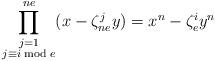
LaTeX: \begin{align*} \prod^{ne}_{\substack{j=1\\ j\equiv i \bmod e}}(x-\zeta^j_{ne}y)= x^n-\zeta^i_ey^n\end{align*}